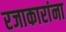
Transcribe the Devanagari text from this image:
रजाकारांना